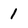
Character: 1